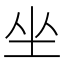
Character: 坐